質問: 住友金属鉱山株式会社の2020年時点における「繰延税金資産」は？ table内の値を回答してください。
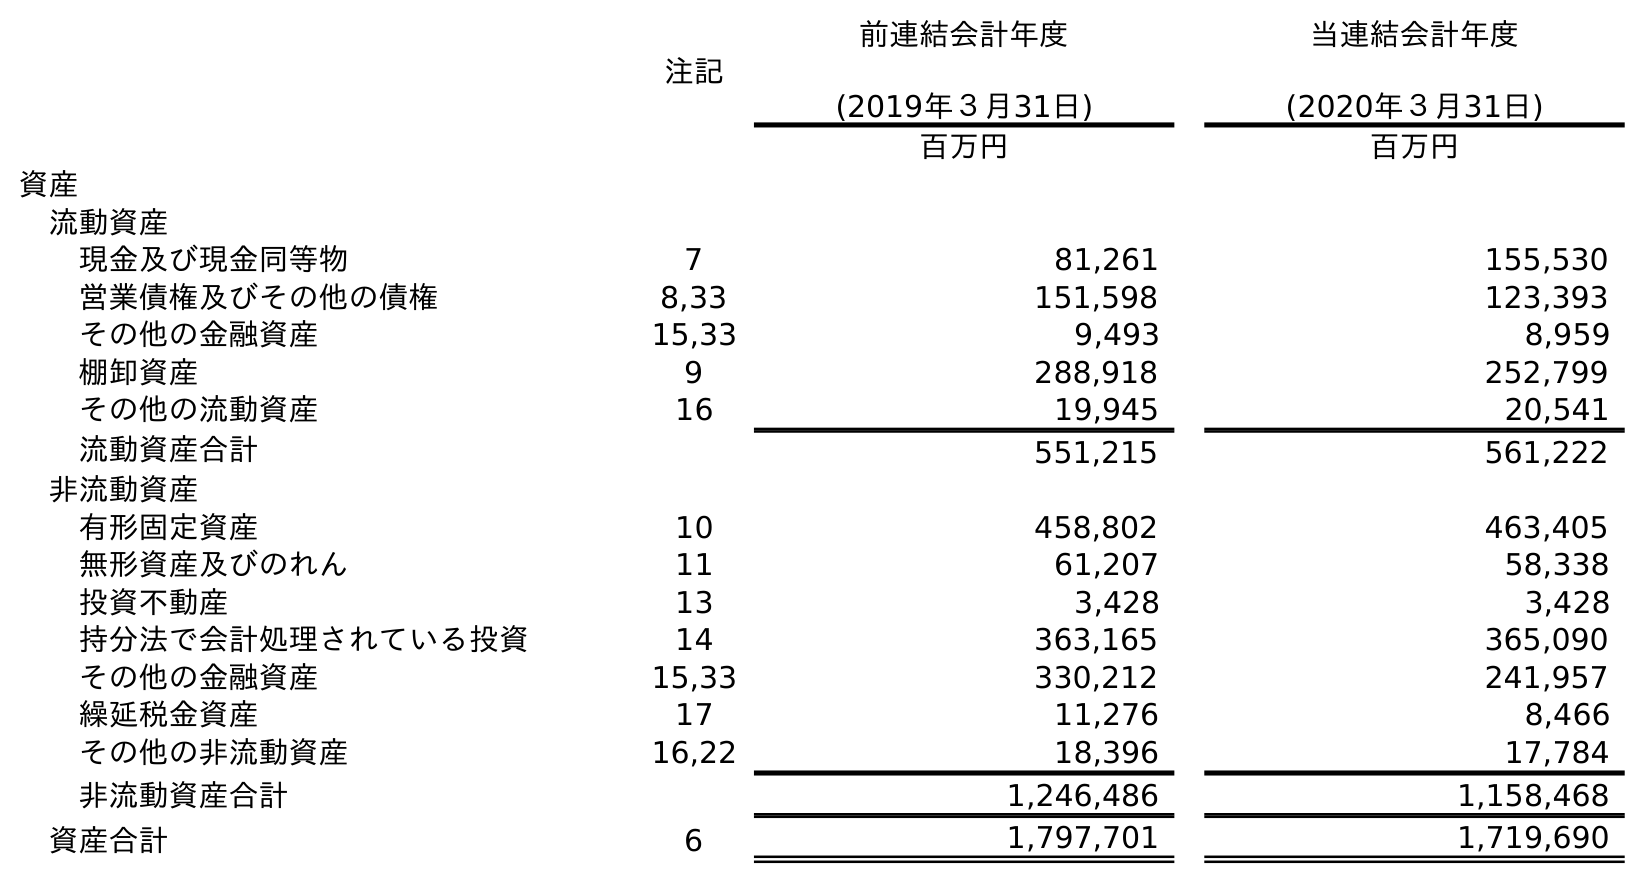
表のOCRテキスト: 注記 前連結会計年度 (2019年３月31日) 当連結会計年度 (2020年３月31日) 百万円 百万円 資産 流動資産 現金及び現金同等物 7 81,261 155,530 営業債権及びその他の債権 8,33 151,598 123,393 その他の金融資産 15,33 9,493 8,959 棚卸資産 9 288,918 252,799 その他の流動資産 16 19,945 20,541 流動資産合計 551,215 561,222 非流動資産 有形固定資産 10 458,802 463,405 無形資産及びのれん 11 61,207 58,338 投資不動産 13 3,428 3,428 持分法で会計処理されている投資 14 363,165 365,090 その他の金融資産 15,33 330,212 241,957 繰延税金資産 17 11,276 8,466 その他の非流動資産 16,22 18,396 17,784 非流動資産合計 1,246,486 1,158,468 資産合計 6 1,797,701 1,719,690
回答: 8,466